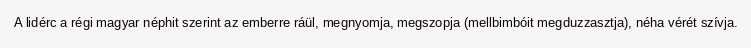
A lidérc a régi magyar néphit szerint az emberre ráül, megnyomja, megszopja (mellbimbóit megduzzasztja), néha vérét szívja.